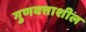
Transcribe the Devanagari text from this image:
गुणवत्ताशील